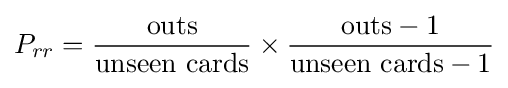
P_{rr}={\frac {\mathrm {outs} }{\mathrm {unseen} \,\,\mathrm {cards} }}\times {\frac {\mathrm {outs} -1}{\mathrm {unseen} \,\,\mathrm {cards} -1}}